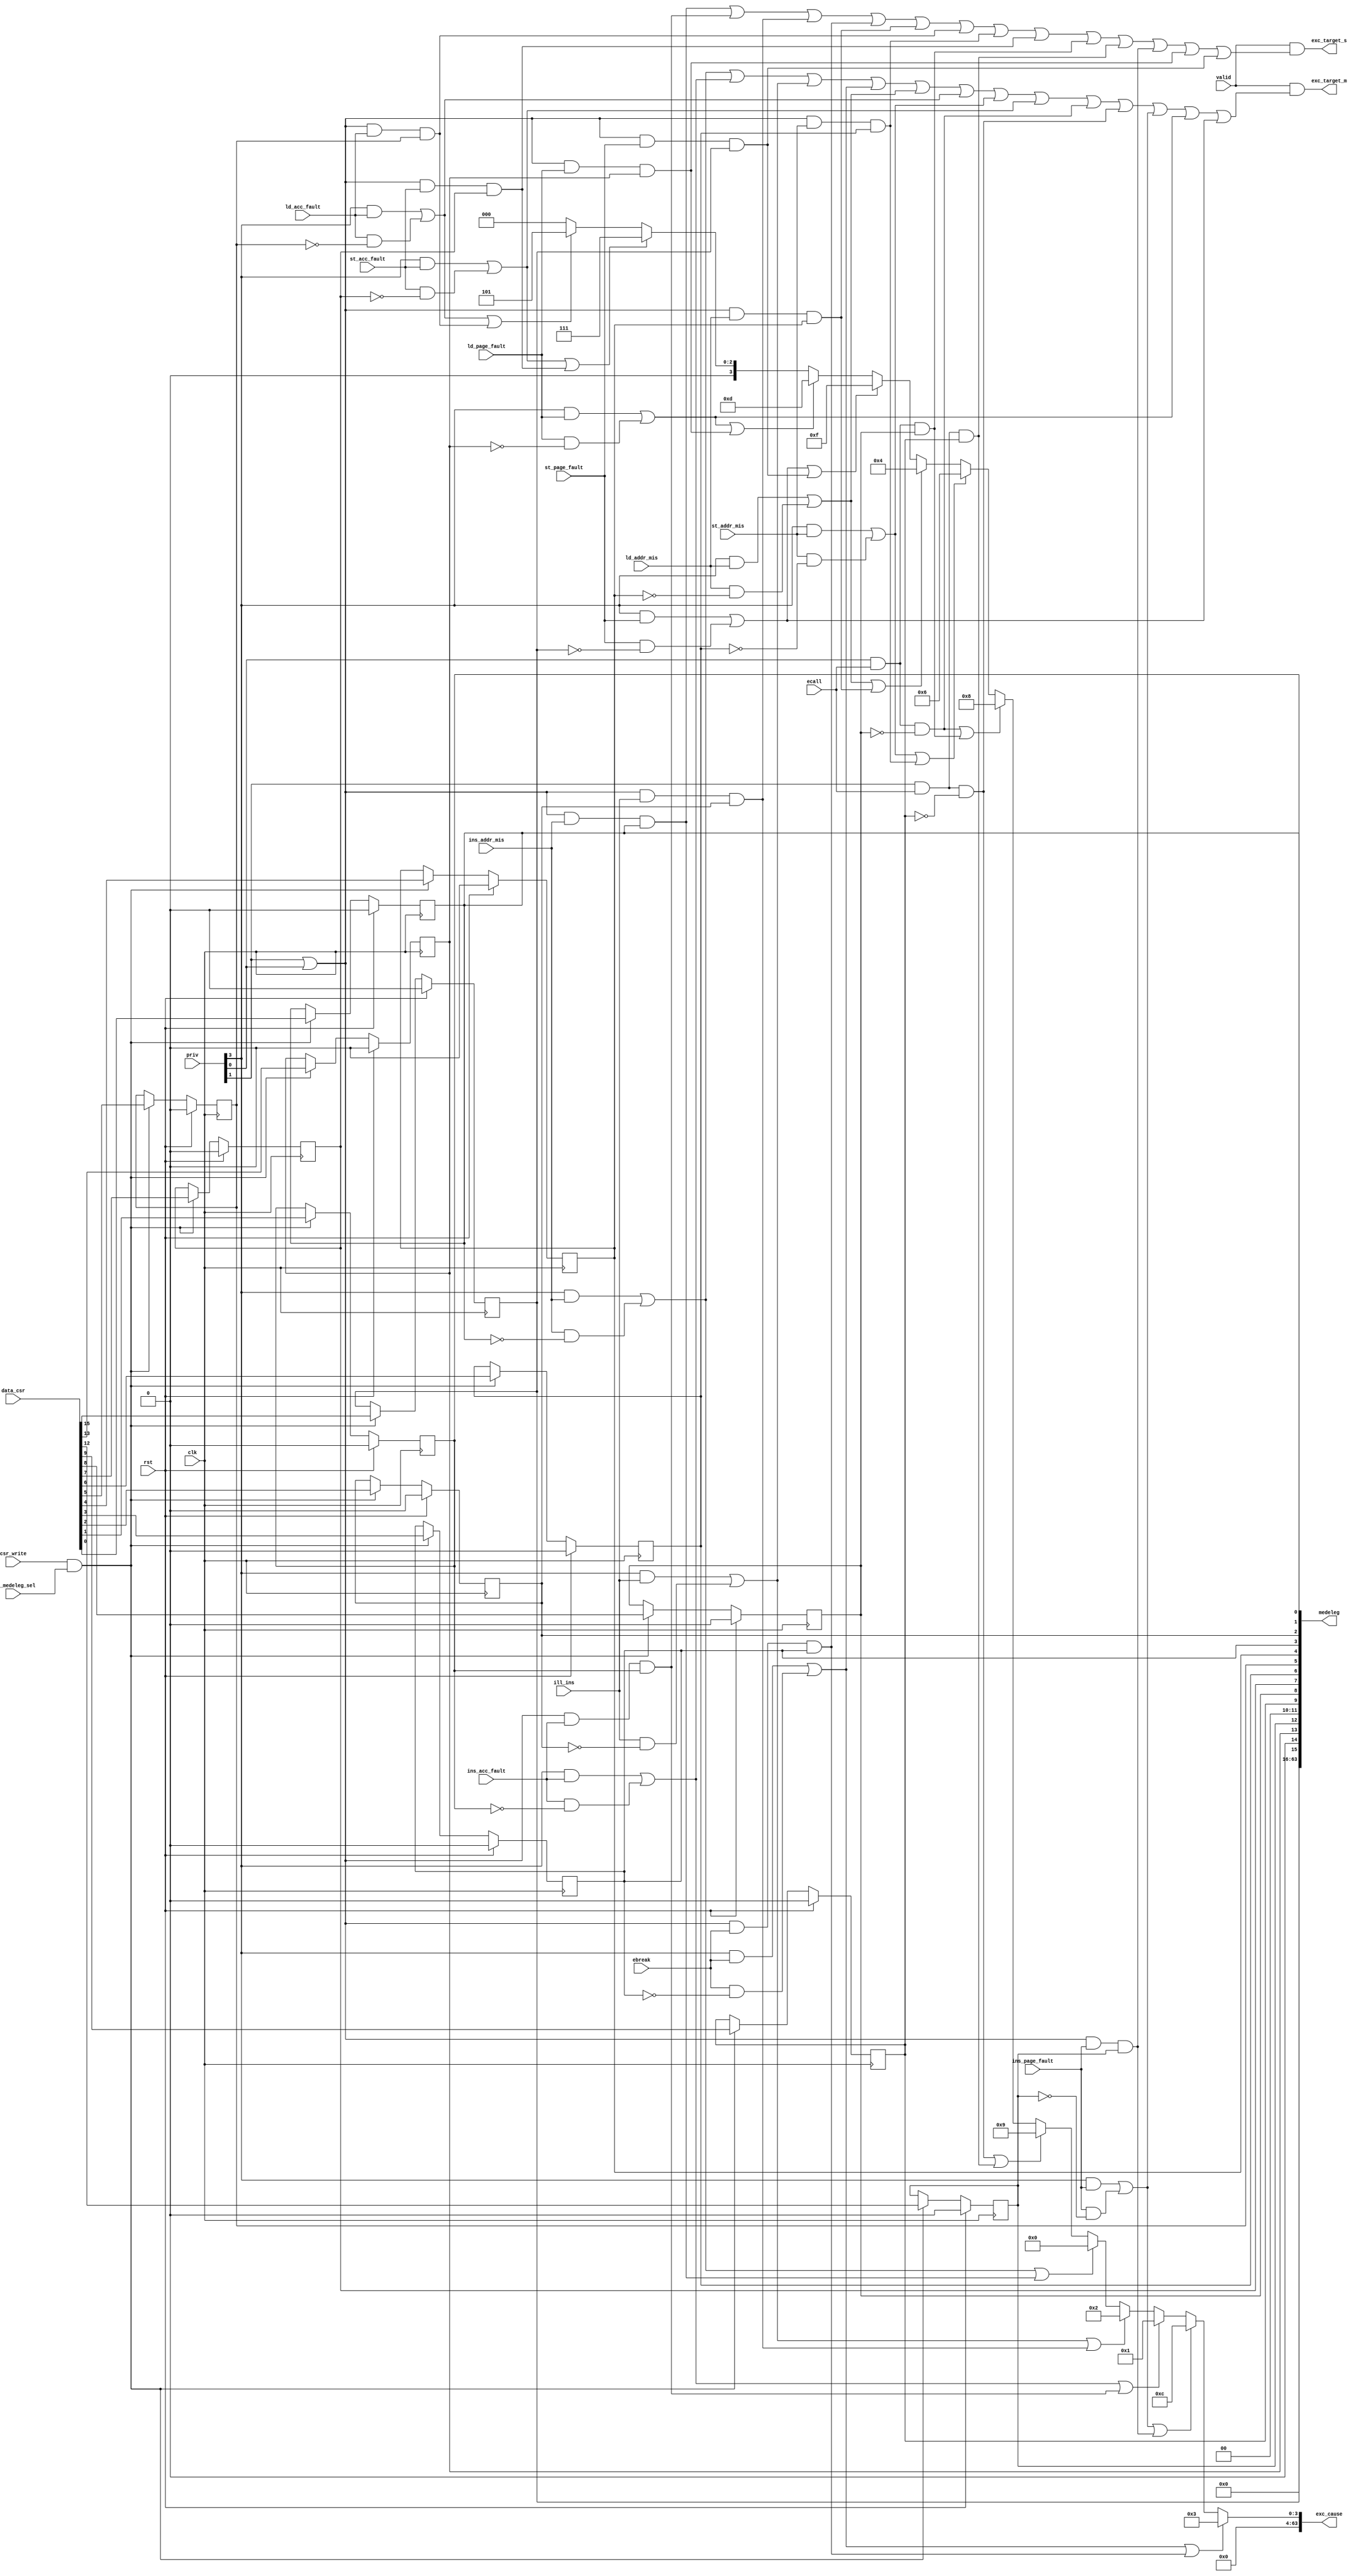
module medeleg_exc_ctrl(
input wire clk,
input wire rst,

input wire [3:0]priv,	//
//
output wire [63:0]exc_cause,	//

output wire exc_target_s,
output wire exc_target_m,

//WB
input wire ins_acc_fault,	//
input wire ins_addr_mis, 	//
input wire ins_page_fault,	//
input wire ld_addr_mis,		//load
input wire st_addr_mis,		//store
input wire ld_acc_fault,	//load
input wire st_acc_fault,	//store
input wire ld_page_fault,	//load
input wire st_page_fault,	//store

input wire valid, 			//
input wire ill_ins,			//

input wire ecall,			//
input wire ebreak,			//

//
input wire mrw_medeleg_sel,
input wire csr_write,
output wire [63:0]medeleg,
input wire [63:0]data_csr

);
//
parameter iam	=	64'd0;
parameter iaf	=	64'd1;
parameter ii	=	64'd2;
parameter bk	=	64'd3;
parameter lam	=	64'd4;
parameter laf	=	64'd5;
parameter sam	=	64'd6;
parameter saf	=	64'd7;
parameter ecu	=	64'd8;
parameter ecs	=	64'd9;
parameter ecm	=	64'd11;
parameter ipf	=	64'd12;
parameter lpf	=	64'd13;
parameter spf	=	64'd15;
wire m;
wire s;
wire u;

// ECU = ECALL from M mode
reg	diam;
reg diaf;
reg dii;
reg dbk;
reg dlam;
reg dlaf;
reg dsam;
reg dsaf;
reg decu;
reg decs;
reg dipf;
reg dlpf;
reg dspf;
//M
wire iam_target_m;
wire iaf_target_m;
wire ii_target_m;
wire bk_target_m;
wire lam_target_m;
wire laf_target_m;
wire sam_target_m;
wire saf_target_m;
wire ecu_target_m;
wire ecs_target_m;
wire ipf_target_m;
wire lpf_target_m;
wire spf_target_m;
//S
wire iam_target_s;
wire iaf_target_s;
wire ii_target_s;
wire bk_target_s;
wire lam_target_s;
wire laf_target_s;
wire sam_target_s;
wire saf_target_s;
wire ecu_target_s;
wire ecs_target_s;
wire ipf_target_s;
wire lpf_target_s;
wire spf_target_s;

assign m	=	priv[3];
assign s	=	priv[1];
assign u	=	priv[0];

always@(posedge clk)begin
	if(rst)begin
		diam	<=	1'b0;
		diaf	<=	1'b0;
		dii		<=	1'b0;
		dbk		<=	1'b0;
		dlam	<=	1'b0;
		dlaf	<=	1'b0;
		dsam	<=	1'b0;
		dsaf	<=	1'b0;
		decu	<=	1'b0;
		decs	<=	1'b0;
		dipf		<=	1'b0;
		dlpf	<=	1'b0;
		dspf	<=	1'b0;	
	end
	else if(csr_write & mrw_medeleg_sel)begin
		diam	<=	data_csr[0];
		diaf	<=	data_csr[1];
		dii		<=	data_csr[2];
		dbk		<=	data_csr[3];
		dlam	<=	data_csr[4];
		dlaf	<=	data_csr[5];
		dsam	<=	data_csr[6];
		dsaf	<=	data_csr[7];
		decu	<=	data_csr[8];
		decs	<=	data_csr[9];
		dipf		<=	data_csr[12];
		dlpf	<=	data_csr[13];
		dspf	<=	data_csr[15];
	end
end
//MM
assign iam_target_m	=	(m & ins_addr_mis) | (ins_addr_mis & !diam);
assign iaf_target_m =	(m & ins_acc_fault) | (ins_acc_fault & !diaf);
assign ii_target_m  =	(m & ill_ins) | (ill_ins & !dii);
assign bk_target_m  =	(m & ebreak) | (ebreak & !dbk);
assign lam_target_m =	(m & ld_addr_mis) | (ld_addr_mis & !dlam);
assign laf_target_m =	(m & ld_acc_fault) | (ld_acc_fault & !dlaf);
assign sam_target_m =	(m & st_addr_mis) | (st_addr_mis & !dsam);
assign saf_target_m =	(m & st_acc_fault) | (st_acc_fault & !dsaf);
assign ecu_target_m =	u & ecall & !decu;							//UECALLM
assign ecs_target_m =	s & ecall & !decs;							//SECALLM
assign ipf_target_m =	(m & ins_page_fault) | (ins_page_fault & !dipf);
assign lpf_target_m =	(m & ld_page_fault) | (ld_page_fault & !dlpf);
assign spf_target_m =	(m & st_page_fault) | (st_page_fault & !dspf);
//SUS
assign iam_target_s	=	(s|u) & ins_addr_mis & diam;
assign iaf_target_s =	(s|u) & ins_acc_fault & diaf;
assign ii_target_s  =	(s|u) & ill_ins & dii;
assign bk_target_s  =	(s|u) & ebreak & dbk;
assign lam_target_s =	(s|u) & ld_addr_mis & dlam;
assign laf_target_s =	(s|u) & ld_acc_fault & dlaf;
assign sam_target_s =	(s|u) & st_addr_mis & dsam;
assign saf_target_s =	(s|u) & st_acc_fault & dsaf;
assign ecu_target_s =	u & ecall & decu;							//UECALLS
assign ecs_target_s =	s & ecall & decs;							//SECALLS 
assign ipf_target_s =	(s|u) & ins_page_fault & dipf;
assign lpf_target_s =	(s|u) & ld_page_fault & dlpf;
assign spf_target_s =	(s|u) & st_page_fault & dspf;

//cause
assign exc_cause	=	(bk_target_m|bk_target_s) ? bk : 
						(ipf_target_m|ipf_target_s) ? ipf :
						(iaf_target_m|iaf_target_s) ? iaf:
						(ii_target_m|ii_target_s) ? ii:
						(iam_target_m|iam_target_s)?iam:
						(ecs_target_m|ecs_target_s)?ecs:
						(ecu_target_m|ecu_target_s)?ecu:
						(sam_target_m|sam_target_s)?sam:
						(lam_target_m|lam_target_s)?lam:
						(spf_target_m|spf_target_s)?spf:
						(lpf_target_m|lpf_target_s)?lpf:
						(saf_target_m|saf_target_s)?saf:
						(laf_target_m|laf_target_s)?laf:64'b0;

assign medeleg	=	{48'b0,dspf,1'b0,dlpf,dipf,2'b0,decs,decu,dsaf,dsam,dlaf,dlam,dbk,dii,diaf,diam};

//
assign exc_target_m	= 	valid & (iam_target_m | iaf_target_m | ii_target_m | bk_target_m | lam_target_m | laf_target_m | sam_target_m | saf_target_m|
						ecu_target_m | ecs_target_m | ipf_target_m | lpf_target_m | spf_target_m);	
assign exc_target_s	= 	valid & (iam_target_s | iaf_target_s | ii_target_s | bk_target_s | lam_target_s | laf_target_s | sam_target_s | saf_target_s|
						ecu_target_s | ecs_target_s | ipf_target_s | lpf_target_s | spf_target_s);



endmodule